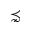
\precnsim